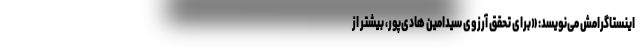
اینستاگرامش می‌نویسد: «برای تحقق آرزوی سیدامین هادی‌پور، بیشتر از